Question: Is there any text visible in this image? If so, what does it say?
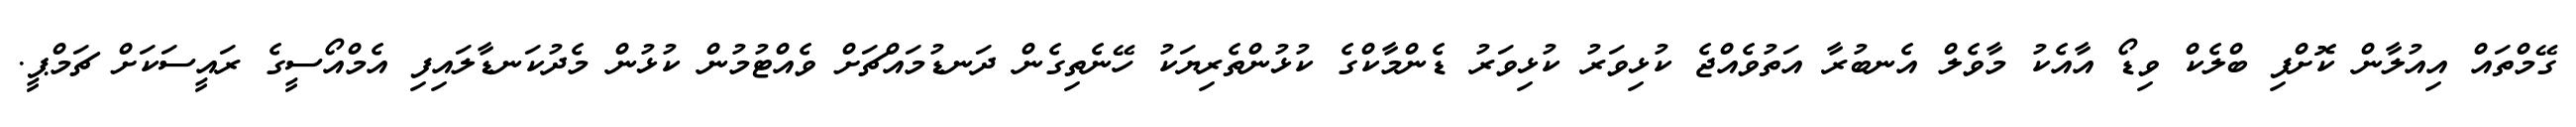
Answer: ގޭމްތައް އިއުލާން ކޮށްފި ބްލެކް ވިޑޯ އާއެކު މާވެލް އެނބުރާ އަތުވެއްޖެ ކުޅިވަރު ކުޅިވަރު ޑެންމާކްގެ ކުޅުންތެރިޔަކު ހޭނެތިގެން ދަނޑުމައްޗަށް ވެއްޓުމުން ކުޅުން މެދުކަނޑާލައިފި އެމްއޯސީގެ ރައީސަކަށް ޗަމްޕީ.